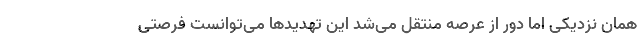
همان نزدیکی اما دور از عرصه منتقل می‌شد این تهدیدها می‌توانست فرصتی